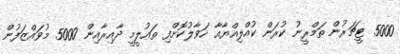
5000 ޓީޗަރުން ތަމްރީނު ކުރަން ކުއްލިއްޔާއާ ހަވާލުކޮށްފި ތައުލީމީ ދާއިރާއިން 5000 މުވައްޒަފުން